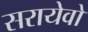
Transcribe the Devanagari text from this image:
सरायेवो